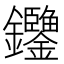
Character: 𨰶